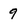
Character: 9